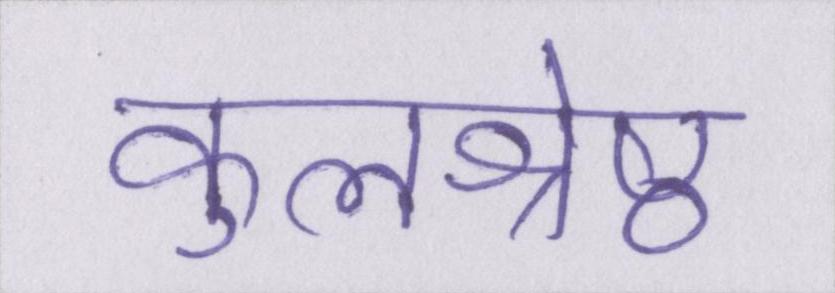
कुलश्रेष्ठ